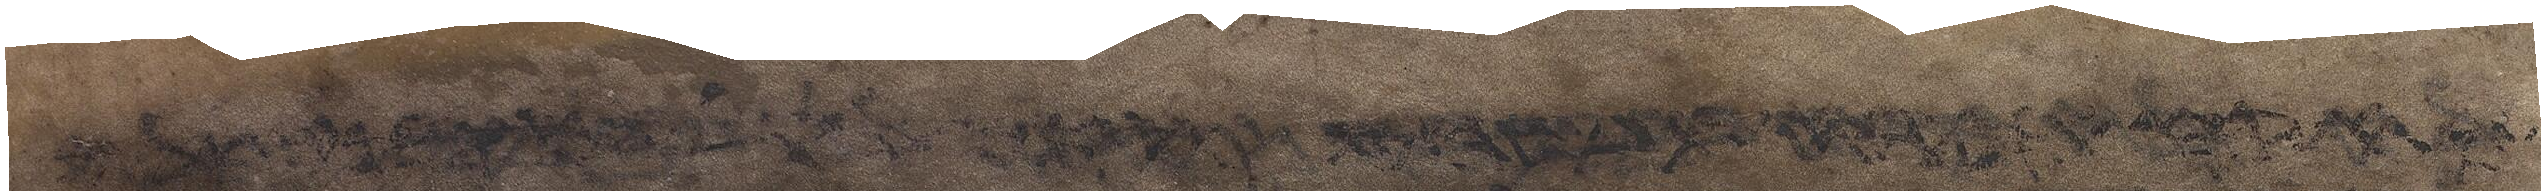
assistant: את האלהים על ההר הזה ויאמר משה